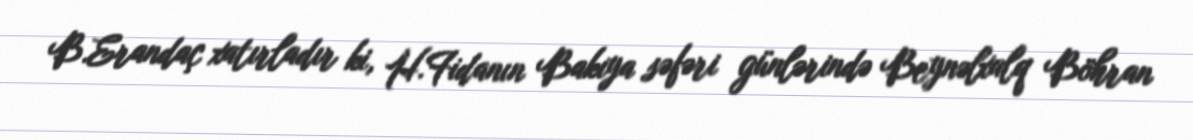
B.Erandaç xatırladır ki, H.Fidanın Bakıya səfəri günlərində Beynəlxalq Böhran